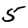
Digit: 5